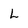
Character: L